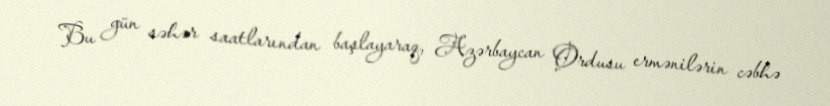
Bu gün səhər saatlarından başlayaraq, Azərbaycan Ordusu ermənilərin cəbhə